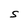
Character: S